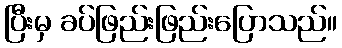
ပြီးမှ ခပ်ဖြည်းဖြည်းပြောသည်။